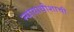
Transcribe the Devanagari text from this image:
न्यायाधीशाची